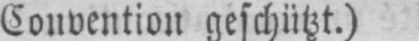
Convention geschützt.)